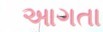
આગતા